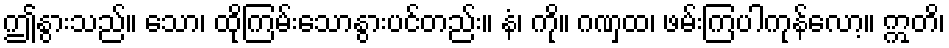
ဤနွားသည်။ သော၊ ထိုကြမ်းသောနွားပင်တည်း။ နံ၊ ကို။ ဂဏှထ၊ ဖမ်းကြပါကုန်လော့။ ဣတိ၊